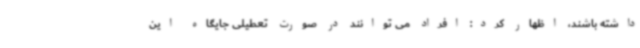
داشته باشند، اظهار کرد: افراد می توانند در صورت تعطیلی جایگاه این